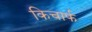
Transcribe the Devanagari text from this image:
किचार्फ